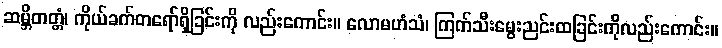
ဆမ္ဘိတတ္တံ၊ ကိုယ်ခက်တရော်ရှိခြင်းကို လည်းကောင်း။ လောမဟံသံ၊ ကြက်သီးမွေးညင်းထခြင်းကိုလည်းကောင်း။